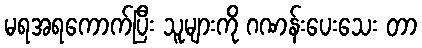
မရအရကောက်ပြီး သူများကို ဂဏန်းပေးသေး တာ